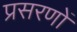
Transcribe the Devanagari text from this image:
प्रसरणों